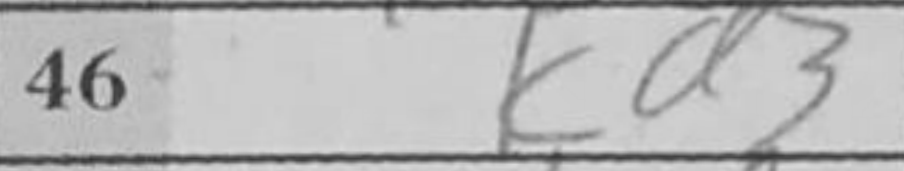
Transcription: Kd3